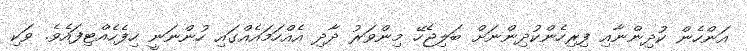
އަންހެން ކުދިންނާއި ފިރިހެންކުދިންނަށް ބަލިޖެހޭ މިންވަރު ދާދި އެއްހަމައެއްގައި ހުންނަނީ ހިފެހެއްޓިފައެވެ. ވަކި